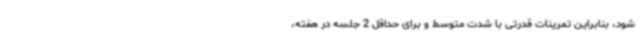
شود، بنابراین تمرینات قدرتی با شدت متوسط و برای حداقل 2 جلسه ‌در هفته،